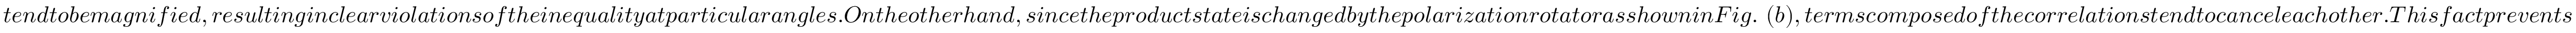
t e n d t o b e m a g n i f i e d , r e s u l t i n g i n c l e a r v i o l a t i o n s o f t h e i n e q u a l i t y a t p a r t i c u l a r a n g l e s . O n t h e o t h e r h a n d , s i n c e t h e p r o d u c t s t a t e i s c h a n g e d b y t h e p o l a r i z a t i o n r o t a t o r a s s h o w n i n F i g . ~ ( b ) , t e r m s c o m p o s e d o f t h e c o r r e l a t i o n s t e n d t o c a n c e l e a c h o t h e r . T h i s f a c t p r e v e n t s